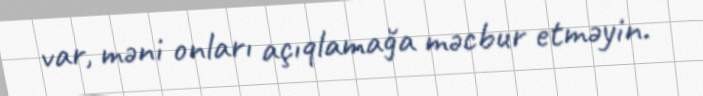
var, məni onları açıqlamağa məcbur etməyin.